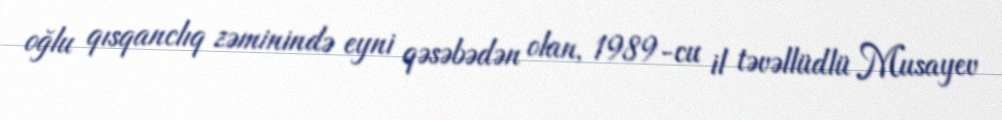
oğlu qısqanclıq zəminində eyni qəsəbədən olan, 1989-cu il təvəllüdlü Musayev